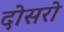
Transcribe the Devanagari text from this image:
दोसरो